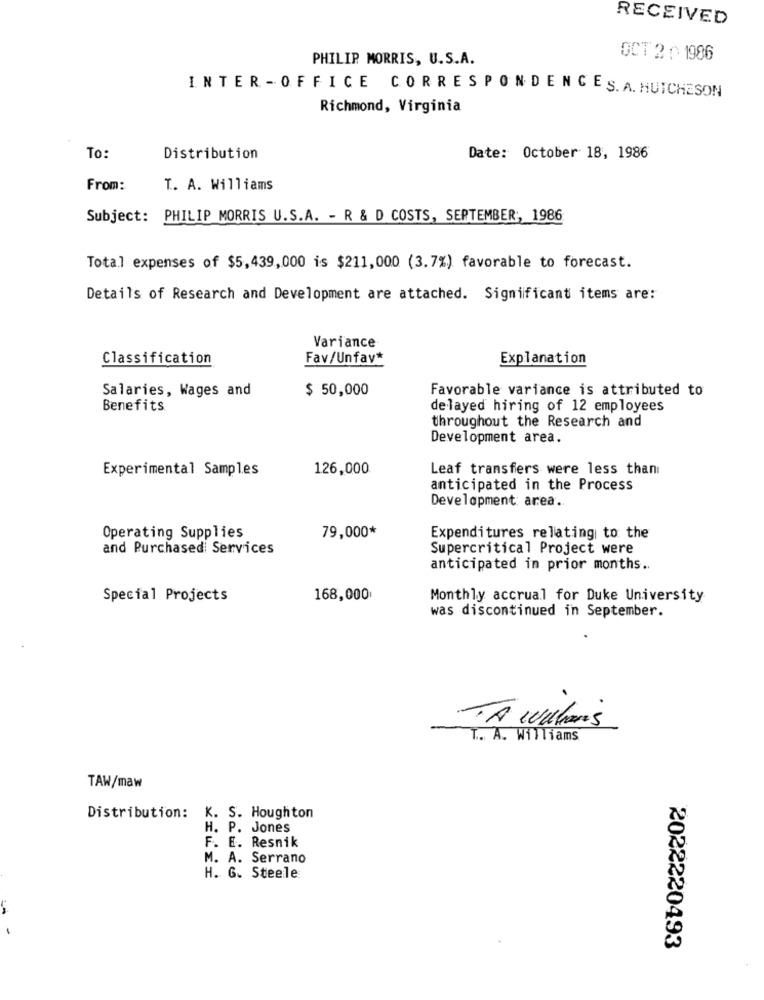
RECEIVED
PHILIP MORRIS, U.S.A.
OCT 2 0 1986
INTER - OFFICE CORRESPONDENCES. A. HUICHESON
Richmond, Virginia
To:
Distribution
Date: October 18, 1986
From:
T. A. Williams
Subject: PHILIP MORRIS U.S.A. - R & D COSTS, SEPTEMBER, 1986
Total expenses of $5,439,000 is $211,000 (3.7%) favorable to forecast.
Details of Research and Development are attached. Significant items are:
Variance
Classification
Fav/Unfav*
Explanation
Salaries, Wages and
$ 50,000
Favorable variance is attributed to
Benefits
delayed hiring of 12 employees
throughout the Research and
Development area.
Experimental Samples
126,000
Leaf transfers were less than
anticipated in the Process
Development: area ..
Operating Supplies
79,000*
Expenditures relating to the
and Purchased Services
Supercritical Project were
anticipated in prior months ..
Special Projects
168,000
Monthly accrual for Duke University
was discontinued in September.
TA wallons
T. A. Williams
TAW/maw
Distribution: K. S. Houghton
H. P. Jones
F. E. Resnik
M. A. Serrano
H. G. Steele
2022220493